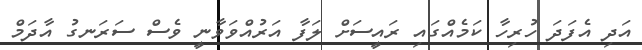
އަދި އެފަދަ ހުރިހާ ކަމެއްގައި ރައީސަށް ލަފާ އަރުއްވަވާނީ ވެސް ސަރަނގު އާދަމް